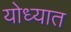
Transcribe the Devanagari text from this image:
योध्यात